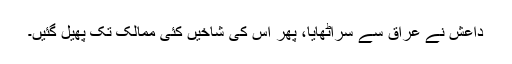
داعش نے عراق سے سراُٹھایا، پھر اس کی شاخیں کئی ممالک تک پھیل گئیں۔